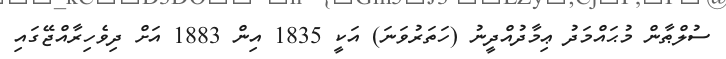
ސުލްޠާން މުޙައްމަދު ޢިމާދުއްދީނު (ހަތަރުވަނަ) އަކީ 1835 އިން 1883 އަށް ދިވެހިރާއްޖޭގައި